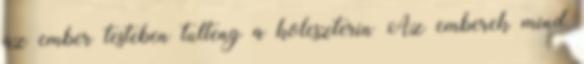
az ember testeben tulteng a koleszterin Az emberek mind